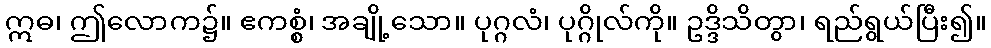
ဣဓ၊ ဤလောက၌။ ဧကစ္စံ၊ အချို့သော။ ပုဂ္ဂလံ၊ ပုဂ္ဂိုလ်ကို။ ဥဒ္ဒိသိတွာ၊ ရည်ရွယ်ပြီး၍။